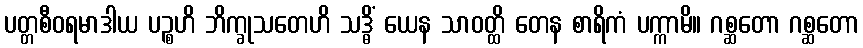
ပတ္တစီဝရမာဒါယ ပဉ္စဟိ ဘိက္ခုသတေဟိ သဒ္ဓိံ ယေန သာဝတ္ထိ တေန စာရိကံ ပက္ကာမိ။ ဂစ္ဆတော ဂစ္ဆတော